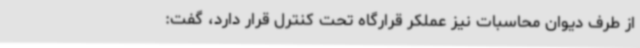
از طرف دیوان محاسبات نیز عملکر قرارگاه تحت کنترل قرار دارد، گفت: